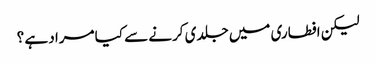
لیکن افطاری میں جلدی کرنے سے کیا مراد ہے ؟